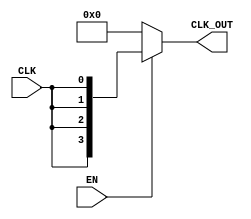
module skew_optimized_clock_buffer (
    input wire CLK,        // Input clock signal
    input wire EN,        // Enable signal
    output wire [N-1:0] CLK_OUT // Output clock signals
);
    parameter N = 4; // Number of output clock signals
    parameter DELAY = 1; // Propagation delay (adjust as needed)

    // Internal signals for clock distribution
    wire clk_buf;
    wire [N-1:0] clk_dist;

    // Input stage: Buffer the input clock signal
    // This can be a simple buffer or a more complex design
    assign clk_buf = CLK; // Buffering the input clock

    // Distribution network: Balanced tree structure for clock distribution
    generate
        genvar i;
        for (i = 0; i < N; i = i + 1) begin : clk_distribution
            // Each output clock is driven by the buffered clock
            assign #DELAY clk_dist[i] = clk_buf;
        end
    endgenerate

    // Output stage: Driving the output signals based on enable
    assign CLK_OUT = EN ? clk_dist : {N{1'b0}}; // Drive outputs based on enable

endmodule